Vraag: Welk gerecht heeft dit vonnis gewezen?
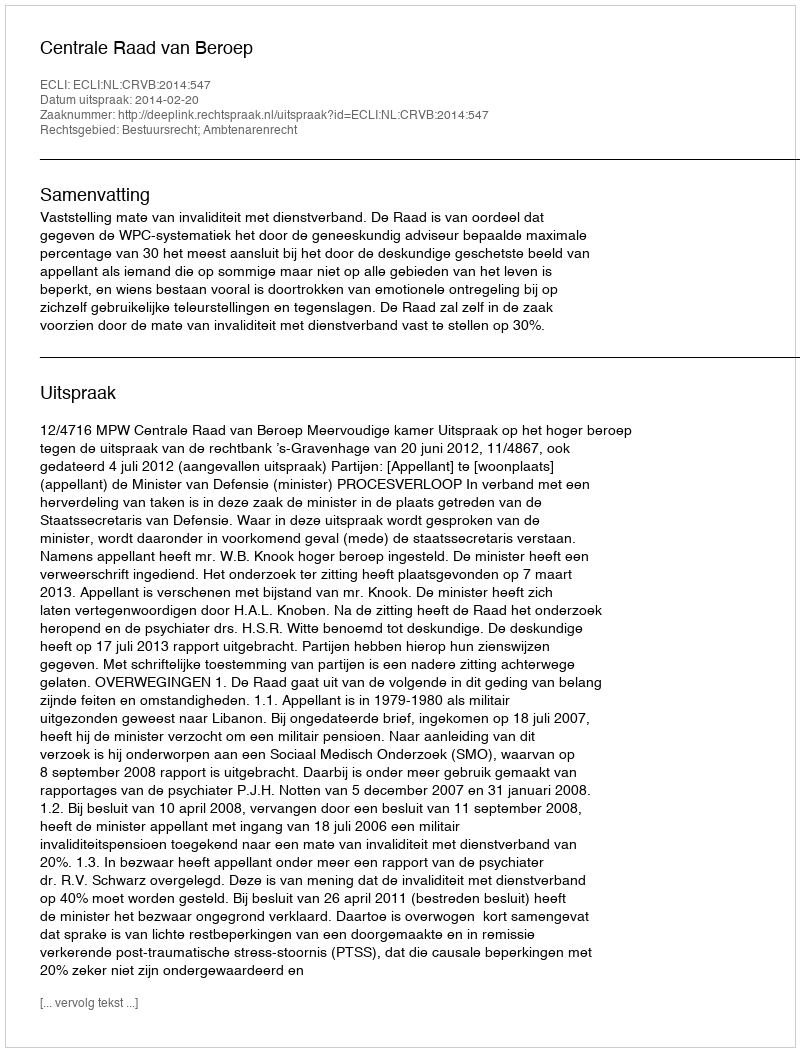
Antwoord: Centrale Raad van Beroep